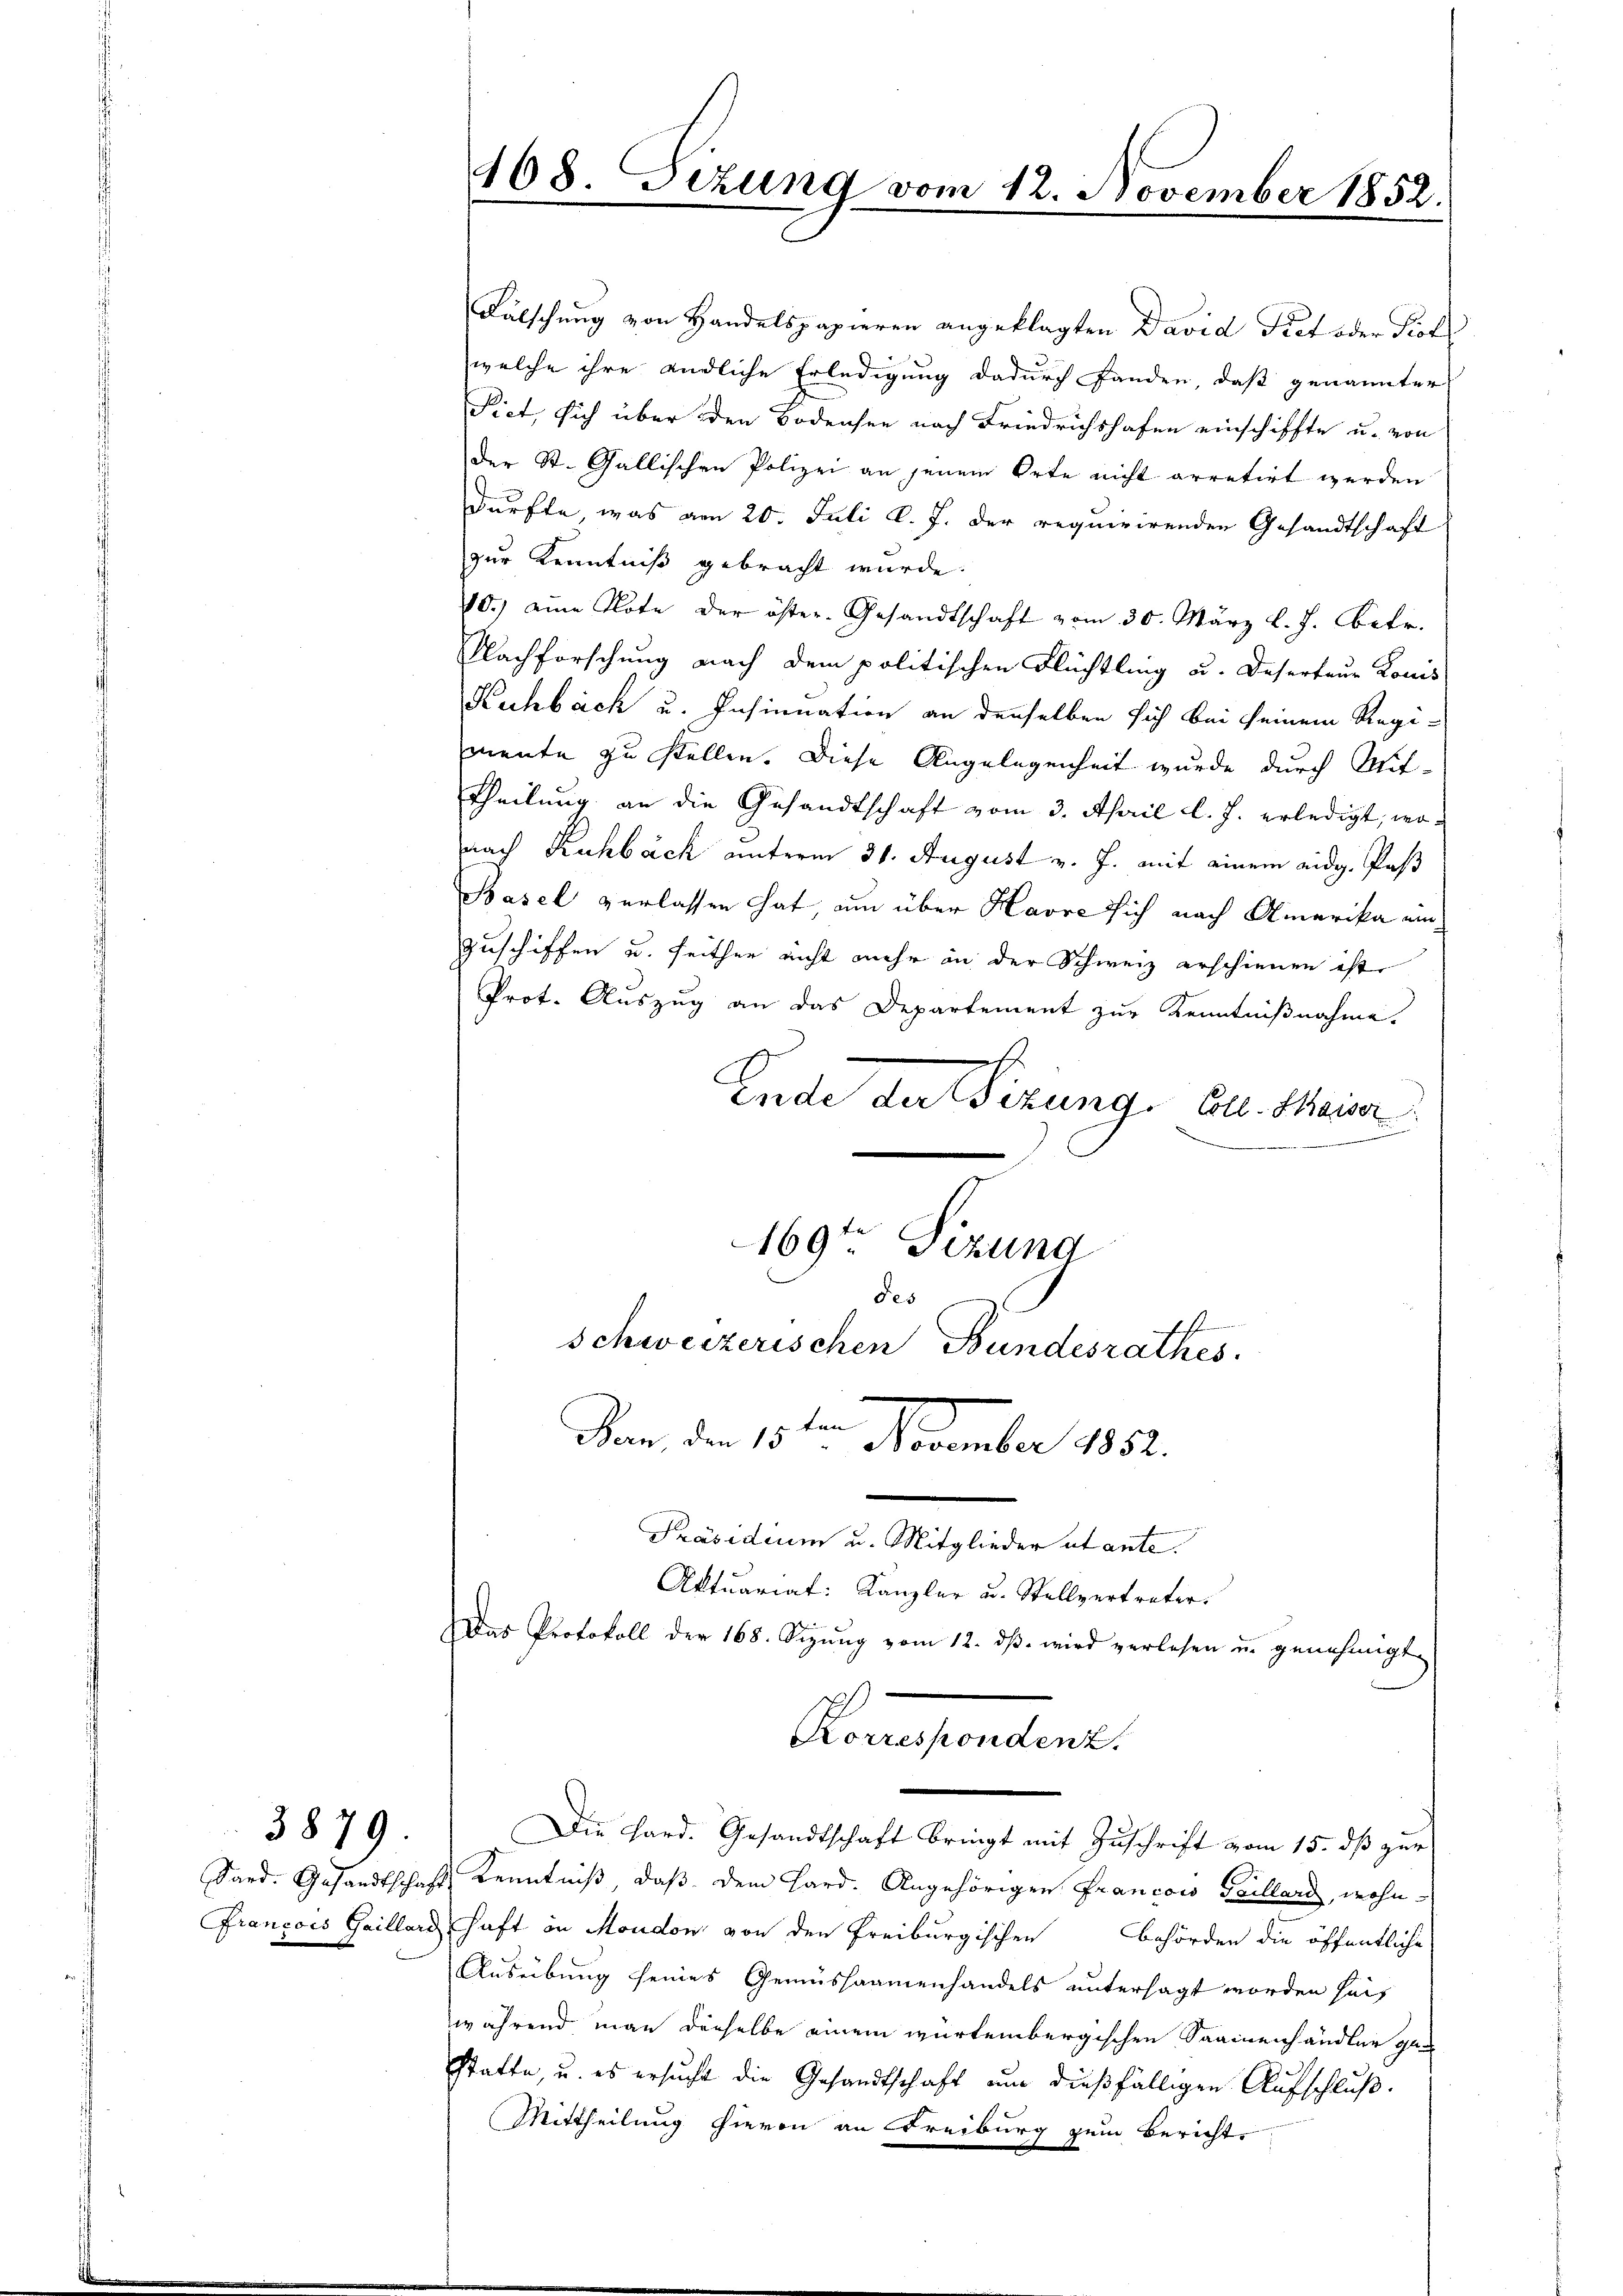
3879.

Fälschung von Handelspapieren angeklagten David Piet oder Prot
welche ihre endliche Erledigung dadurch fanden, daß genannter
Pict, sich über den Bodensee nach Friedrichshofen einschiffte u. von
der St. Gallischen Polizei an jenem Orte nicht arretirt werden
dürfte, was am 20. Juli l. J. der requirirenden Gesandtschaft
zur Kenntniß gebracht wurde.
10.) eine Note der öster-Gesandtschaft vom 30. März l. J. Aetr.
Nachforschung nach dem politischen Flüchtling u. Deserteur Louis
Kuhbach u. Insinuation an denselben sich bei seinem Regimente zu stellen. Diese Angelegenheit wurde durch Mit-
Theilung an die Gesandtschaft vom 3. April l. J. erledigt, wonach Kuhbeck unterm 31. August v. J. mit einem eidg. Pas
Basel verlassen hat, um über Havre sich nach Amerika ein¬
Zuschiffen u. seither nicht mehr in der Schweiz erschienen ist.
Prot. Auszug an das Departement zur Kenntnißnahme.
Ende der izung Coll. Meier
169ten Sizung
des
Schweizerischen Bundesrathes.
Von der 15 ten December 1852.
Präsidium u. Mitglieder et ante.
Aktuariat: Kanzler u. Stellvertreter.
Das Protokoll der 168. Sizung vom 12. dβ. wird verlesen u. genehmigt

468. Tizung vom 12. November 1852.

Komisionesent.
m

Die Hard. Gesandtschaft bringt mit Zuschrift vom 15. dß zur
Sard. Gesandtschaft Kenntniß, daß dem Hard. Angehörigen Francois Teillard, wohn¬
Francois Gaillard haft in Moudon von den Freiburgischen Behörden die öffentliche
Ausübung seines Gemüssaamenhandels untersagt worden seit
während man derselbe einem würtembergischen Saamenhändler ge-
statte, u. es ersucht die Gesandtschaft um dießfälligen Aufschluß.
Mittheilung hievon an Freiburg zum Bericht